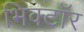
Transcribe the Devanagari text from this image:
भिक्टॉर